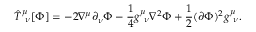
{ \hat { T } } _ { \ \nu } ^ { \mu } [ \Phi ] = - 2 \nabla ^ { \mu } \partial _ { \nu } \Phi - { \frac { 1 } { 4 } } g _ { \ \nu } ^ { \mu } \nabla ^ { 2 } \Phi + { \frac { 1 } { 2 } } ( \partial \Phi ) ^ { 2 } g _ { \ \nu } ^ { \mu } .